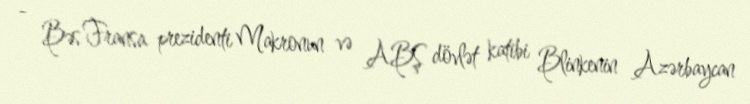
- Bəs Fransa prezidenti Makronun və ABŞ dövlət katibi Blinkenin Azərbaycan